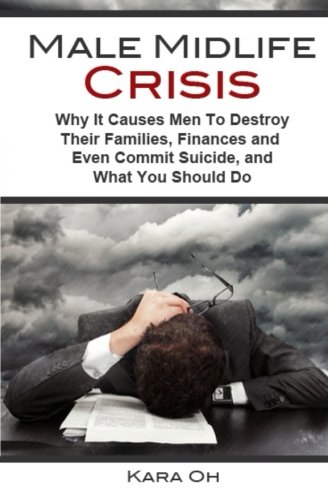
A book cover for Male Midlife Crisis: Why It Causes Men To Destroy Their Families, Finances and Even Commit Suicide...and What You Should Do; Kara Oh; Self-Help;